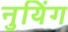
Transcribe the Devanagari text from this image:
नुयिंग